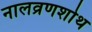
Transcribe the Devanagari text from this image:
नालव्रणशोथ